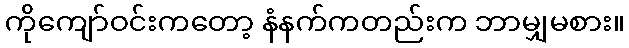
ကိုကျော်ဝင်းကတော့ နံနက်ကတည်းက ဘာမျှမစား။